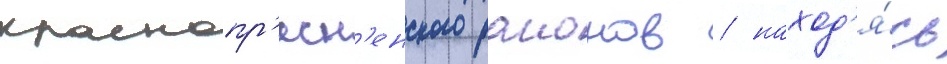
краснопр'есн'енского раионов / наход'я́сь